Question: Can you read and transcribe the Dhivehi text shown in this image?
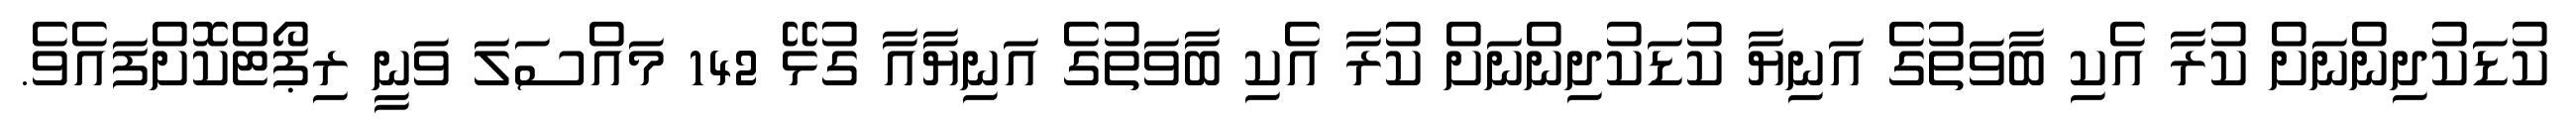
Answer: ކުޑަކުދިންނަށް ކުރާ އެކި ބާވަތުގެ އަނިޔާ ކުޑަކުދިންނަށް ކުރާ އެކި ބާވަތުގެ އަނިޔާއާ ގުޅޭ 142 މައްސަލަ ވަނީ ރިޕޯޓްކޮށްފައެވެ.